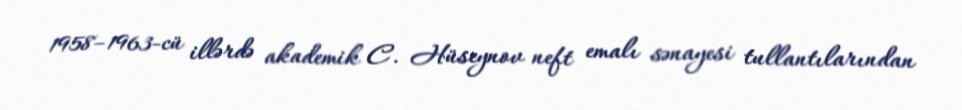
1958–1963-cü illərdə akademik C. Hüseynov neft emalı sənayesi tullantılarından